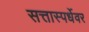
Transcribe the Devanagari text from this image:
सत्तास्पर्धेवर